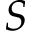
S